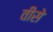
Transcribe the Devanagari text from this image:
वीसे